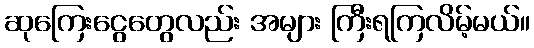
ဆုကြေးငွေတွေလည်း အများ ကြီးရကြလိမ့်မယ်။